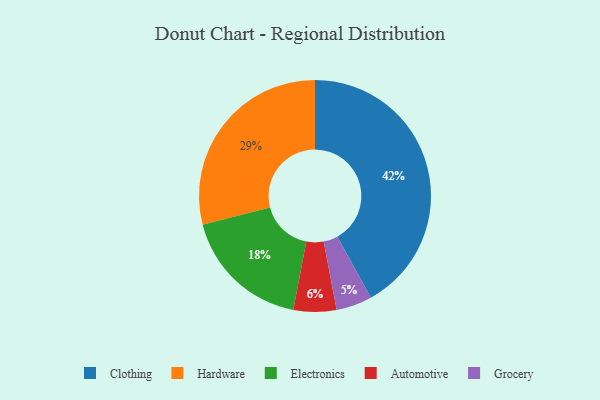
{"axis": {"x": "Category", "y": "Percentage"}, "legend": ["Automotive", "Clothing", "Electronics", "Grocery", "Hardware"], "data": [{"x": "Grocery", "y": 5, "type": "Grocery"}, {"x": "Electronics", "y": 18, "type": "Electronics"}, {"x": "Hardware", "y": 29, "type": "Hardware"}, {"x": "Automotive", "y": 6, "type": "Automotive"}, {"x": "Clothing", "y": 42, "type": "Clothing"}]}